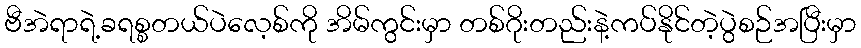
ဗီအဲရာရဲ့ခရစ္စတယ်ပဲလေ့စ်ကို အိမ်ကွင်းမှာ တစ်ဂိုးတည်းနဲ့ကပ်နိုင်တဲ့ပွဲစဉ်အပြီးမှာ